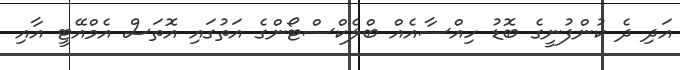
އަދި ދެ ކުންފުނީގެ ބޮޑު ހިއްސާއެއް ބްލެކްސްޓޯންގެ އަތުގައި އޮތަސް އެމްއޭޓީ އާއި